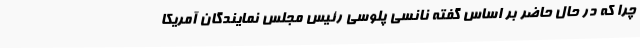
چرا که در حال حاضر بر اساس گفته نانسی پلوسی رئیس مجلس نمایندگان آمریکا